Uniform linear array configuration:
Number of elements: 4
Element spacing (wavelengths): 0.25
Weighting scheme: blackman
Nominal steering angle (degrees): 60
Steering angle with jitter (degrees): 61.043
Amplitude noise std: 0.05
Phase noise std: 0.05

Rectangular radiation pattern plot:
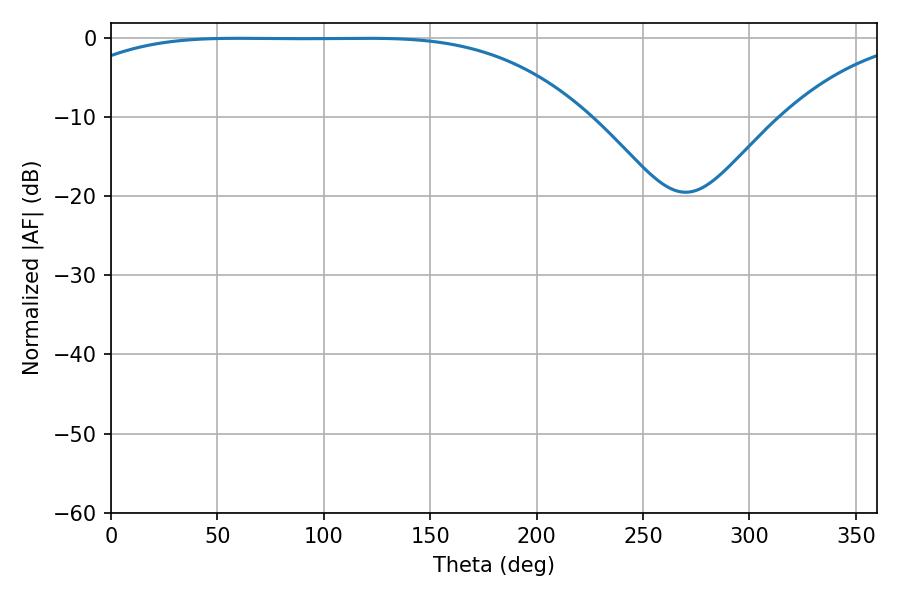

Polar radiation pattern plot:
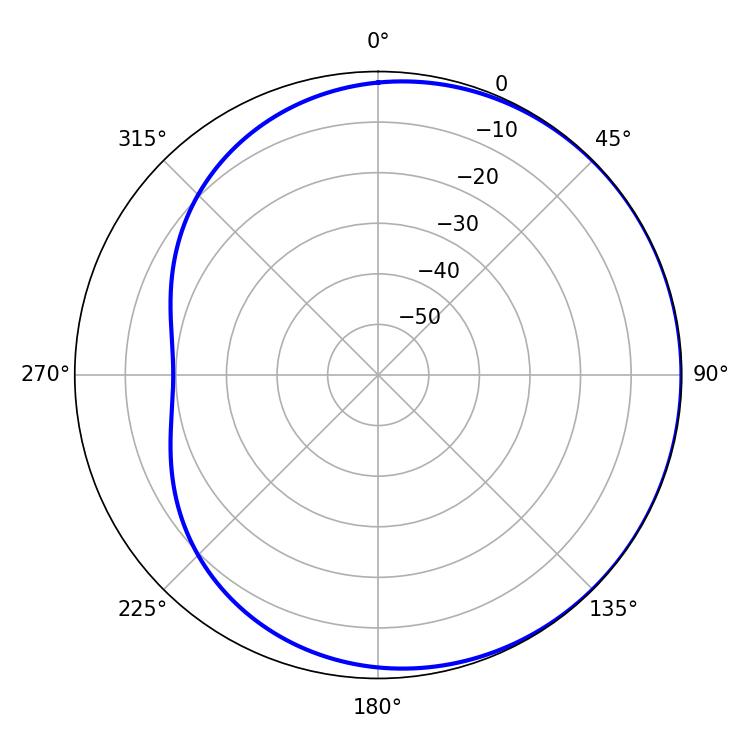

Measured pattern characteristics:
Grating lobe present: FALSE
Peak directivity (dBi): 0.6028
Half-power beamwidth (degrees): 187.56
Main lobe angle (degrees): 59.94